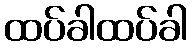
ထပ်ခါထပ်ခါ